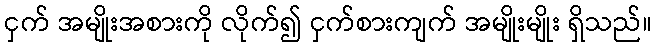
ငှက် အမျိုးအစားကို လိုက်၍ ငှက်စားကျက် အမျိုးမျိုး ရှိသည်။